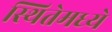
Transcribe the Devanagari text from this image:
स्थितेमध्ये